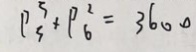
\rho _ { 3 } ^ { 3 } \times \rho _ { 6 } ^ { 2 } = 3 6 0 0